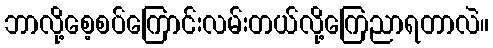
ဘာလို့စေ့စပ်ကြောင်းလမ်းတယ်လို့ကြေညာရတာလဲ။